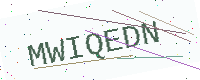
Text: MWIQEDN